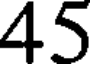
45